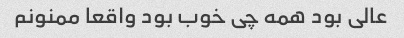
عالی بود همه چی خوب بود واقعا ممنونم